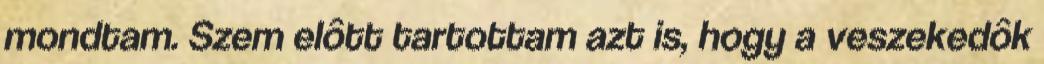
mondtam. Szem elôtt tartottam azt is, hogy a veszekedôk